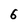
Character: 6